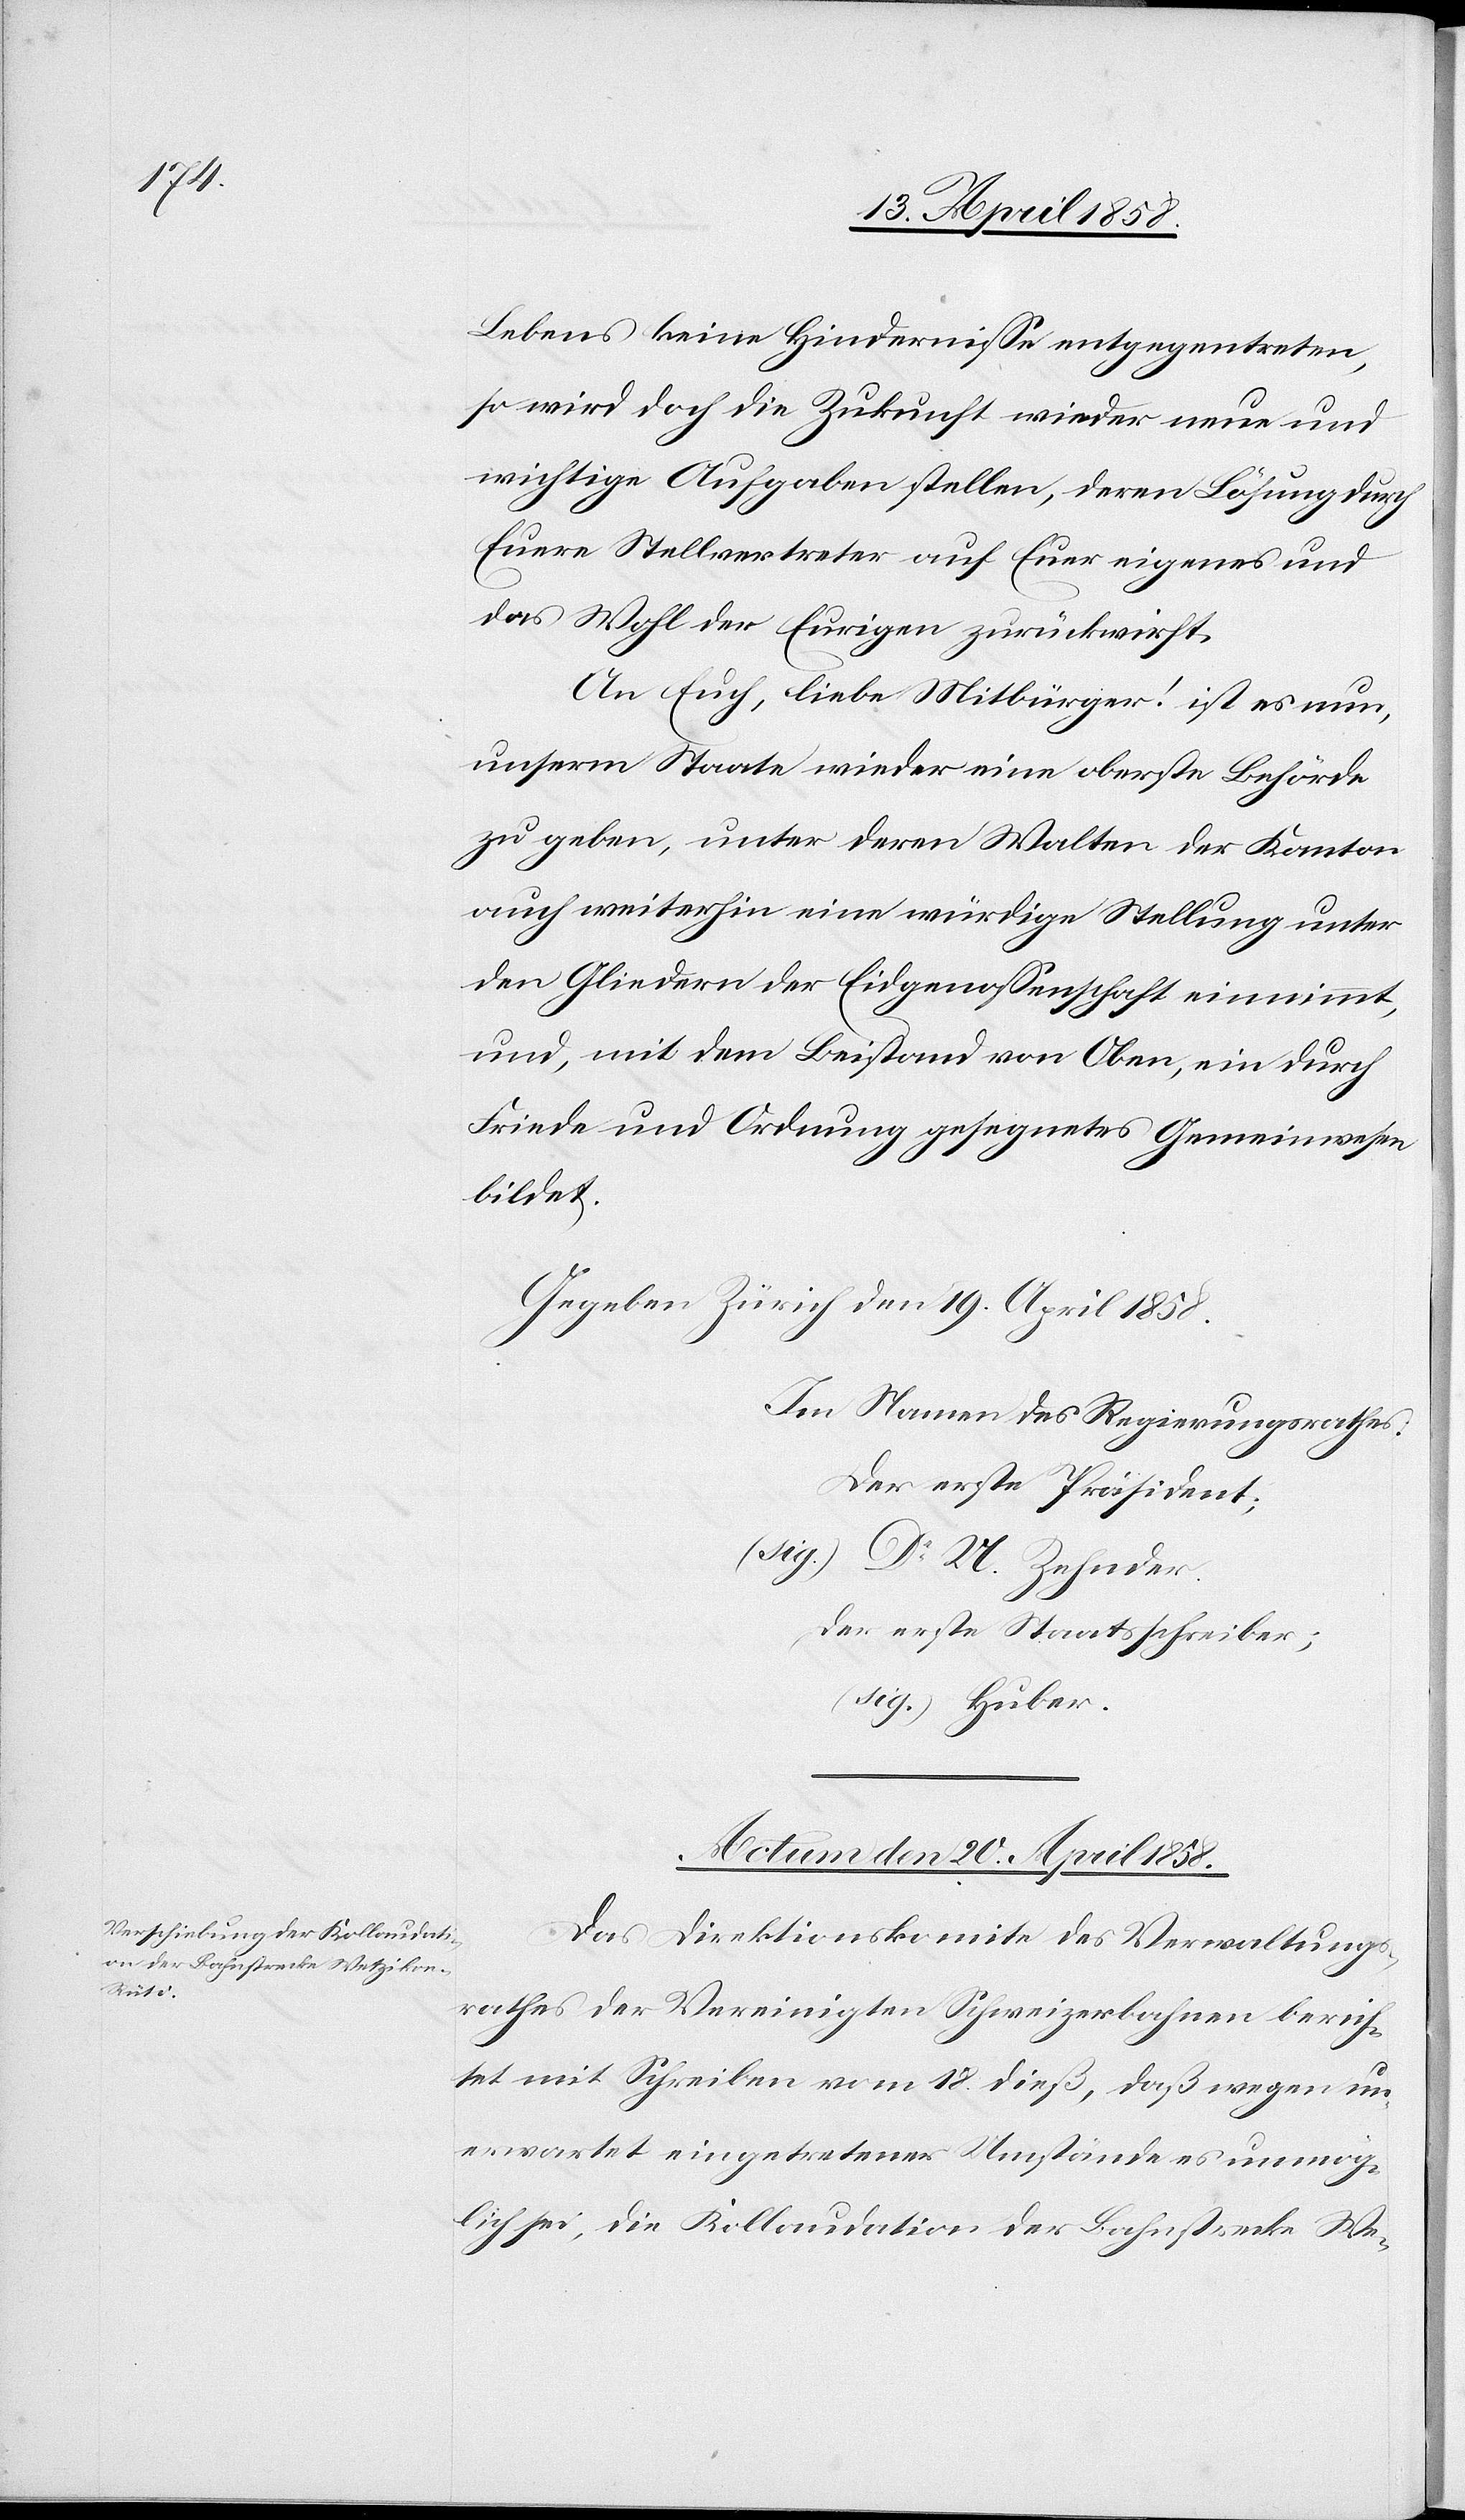
Lebens keine Hindernisse entgegentreten,
so wird doch die Zukunft wieder neue und
wichtige Aufgaben stellen, deren Lösung durch
Euere Stellvertreter auf Euer eigenes und
das Wohl der Eurigen zurückwirft.
An Euch, liebe Mitbürger! ist es nun,
unserm Staate wieder eine oberste Behörde
zu geben, unter deren Walten der Kanton
auch weiterhin eine würdige Stellung unter
den Gliedern der Eidgenossenschaft einnimmt,
und, mit dem Beistand von Oben, ein durch
Friede und Ordnung gesegnetes Gemeinwesen
bildet.
Gegen Zürich den 19. April 1858.
Im Namen des Regierungsrathes:
Der erste Präsident:
(sig.) Dr U. Zehnder
Der erste Staatsschreiber:
(sig.) Huber.
Actum den 20. April 1858.
Das Direktionskomite des Verwaltungs¬
rathes der Vereinigten Schweizerbahnen berich¬
tet mit Schreiben vom 18. dieß, daß wegen un¬
erwartet eingetretener Umstände es unmög¬
l¬
ich sei, die Kollaudation der Bahnstrecke We-